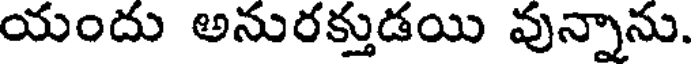
యందు అనురక్తుడయి వున్నాను.